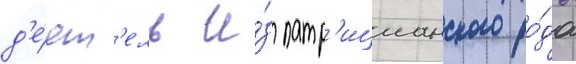
д'е́ят'ель и́з патр'ицианского ро́да